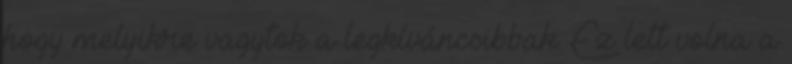
hogy melyikre vagytok a legkíváncsibbak. Ez lett volna a